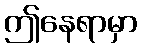
ဤနေရာမှာ